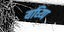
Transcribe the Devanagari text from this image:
यध्य्पि